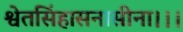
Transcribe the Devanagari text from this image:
श्वेतसिंहासनासीना।।।